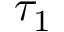
\tau _ { 1 }